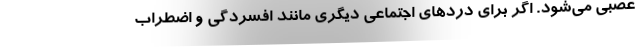
عصبی می‌شود. اگر برای دردهای اجتماعی دیگری مانند افسردگی و اضطراب